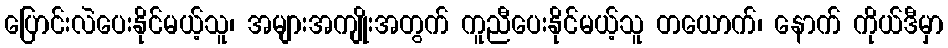
ပြောင်းလဲပေးနိုင်မယ့်သူ၊ အများအကျိုးအတွက် ကူညီပေးနိုင်မယ့်သူ တယောက်၊ နောက် ကိုယ်ဒီမှာ